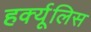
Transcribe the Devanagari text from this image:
हर्क्यूलिस